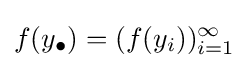
f(y_{\bullet })=(f(y_{i}))_{i=1}^{\infty }